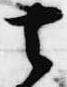
去